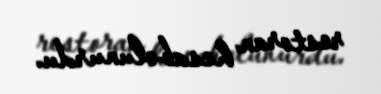
restoran hesab olunurdu.